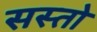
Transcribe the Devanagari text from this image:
सस्तो